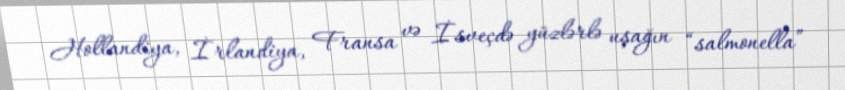
Hollandiya, İrlandiya, Fransa və İsveçdə yüzlərlə uşağın “salmonella”